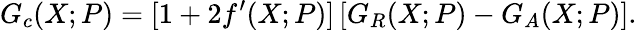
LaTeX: G_{c}(X;P)=[1+2f^{\prime}(X;P)]\, [G_{R}(X;P)-G_{A}(X;P)].